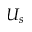
U _ { s }